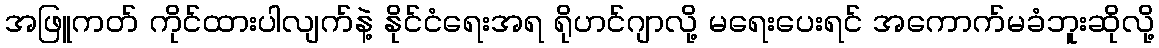
အဖြူကတ် ကိုင်ထားပါလျက်နဲ့ နိုင်ငံရေးအရ ရိုဟင်ဂျာလို့ မရေးပေးရင် အကောက်မခံဘူးဆိုလို့